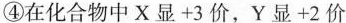
④在化合物中X显+3价，Y显+2价